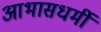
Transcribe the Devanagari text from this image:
आभासधर्मी